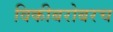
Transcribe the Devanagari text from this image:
विकीबरोबरच